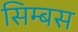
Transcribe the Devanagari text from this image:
सिम्बस